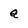
Character: a